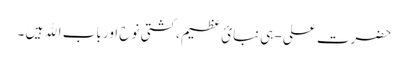
حضرت علی -ہی نبائ عظیم ،کشتی نوح اور باب اﷲ ہیں ۔